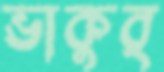
ভাকুর্